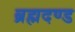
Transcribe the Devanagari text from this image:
ब्रह्मदण्ड